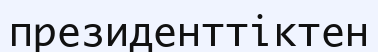
президенттіктен